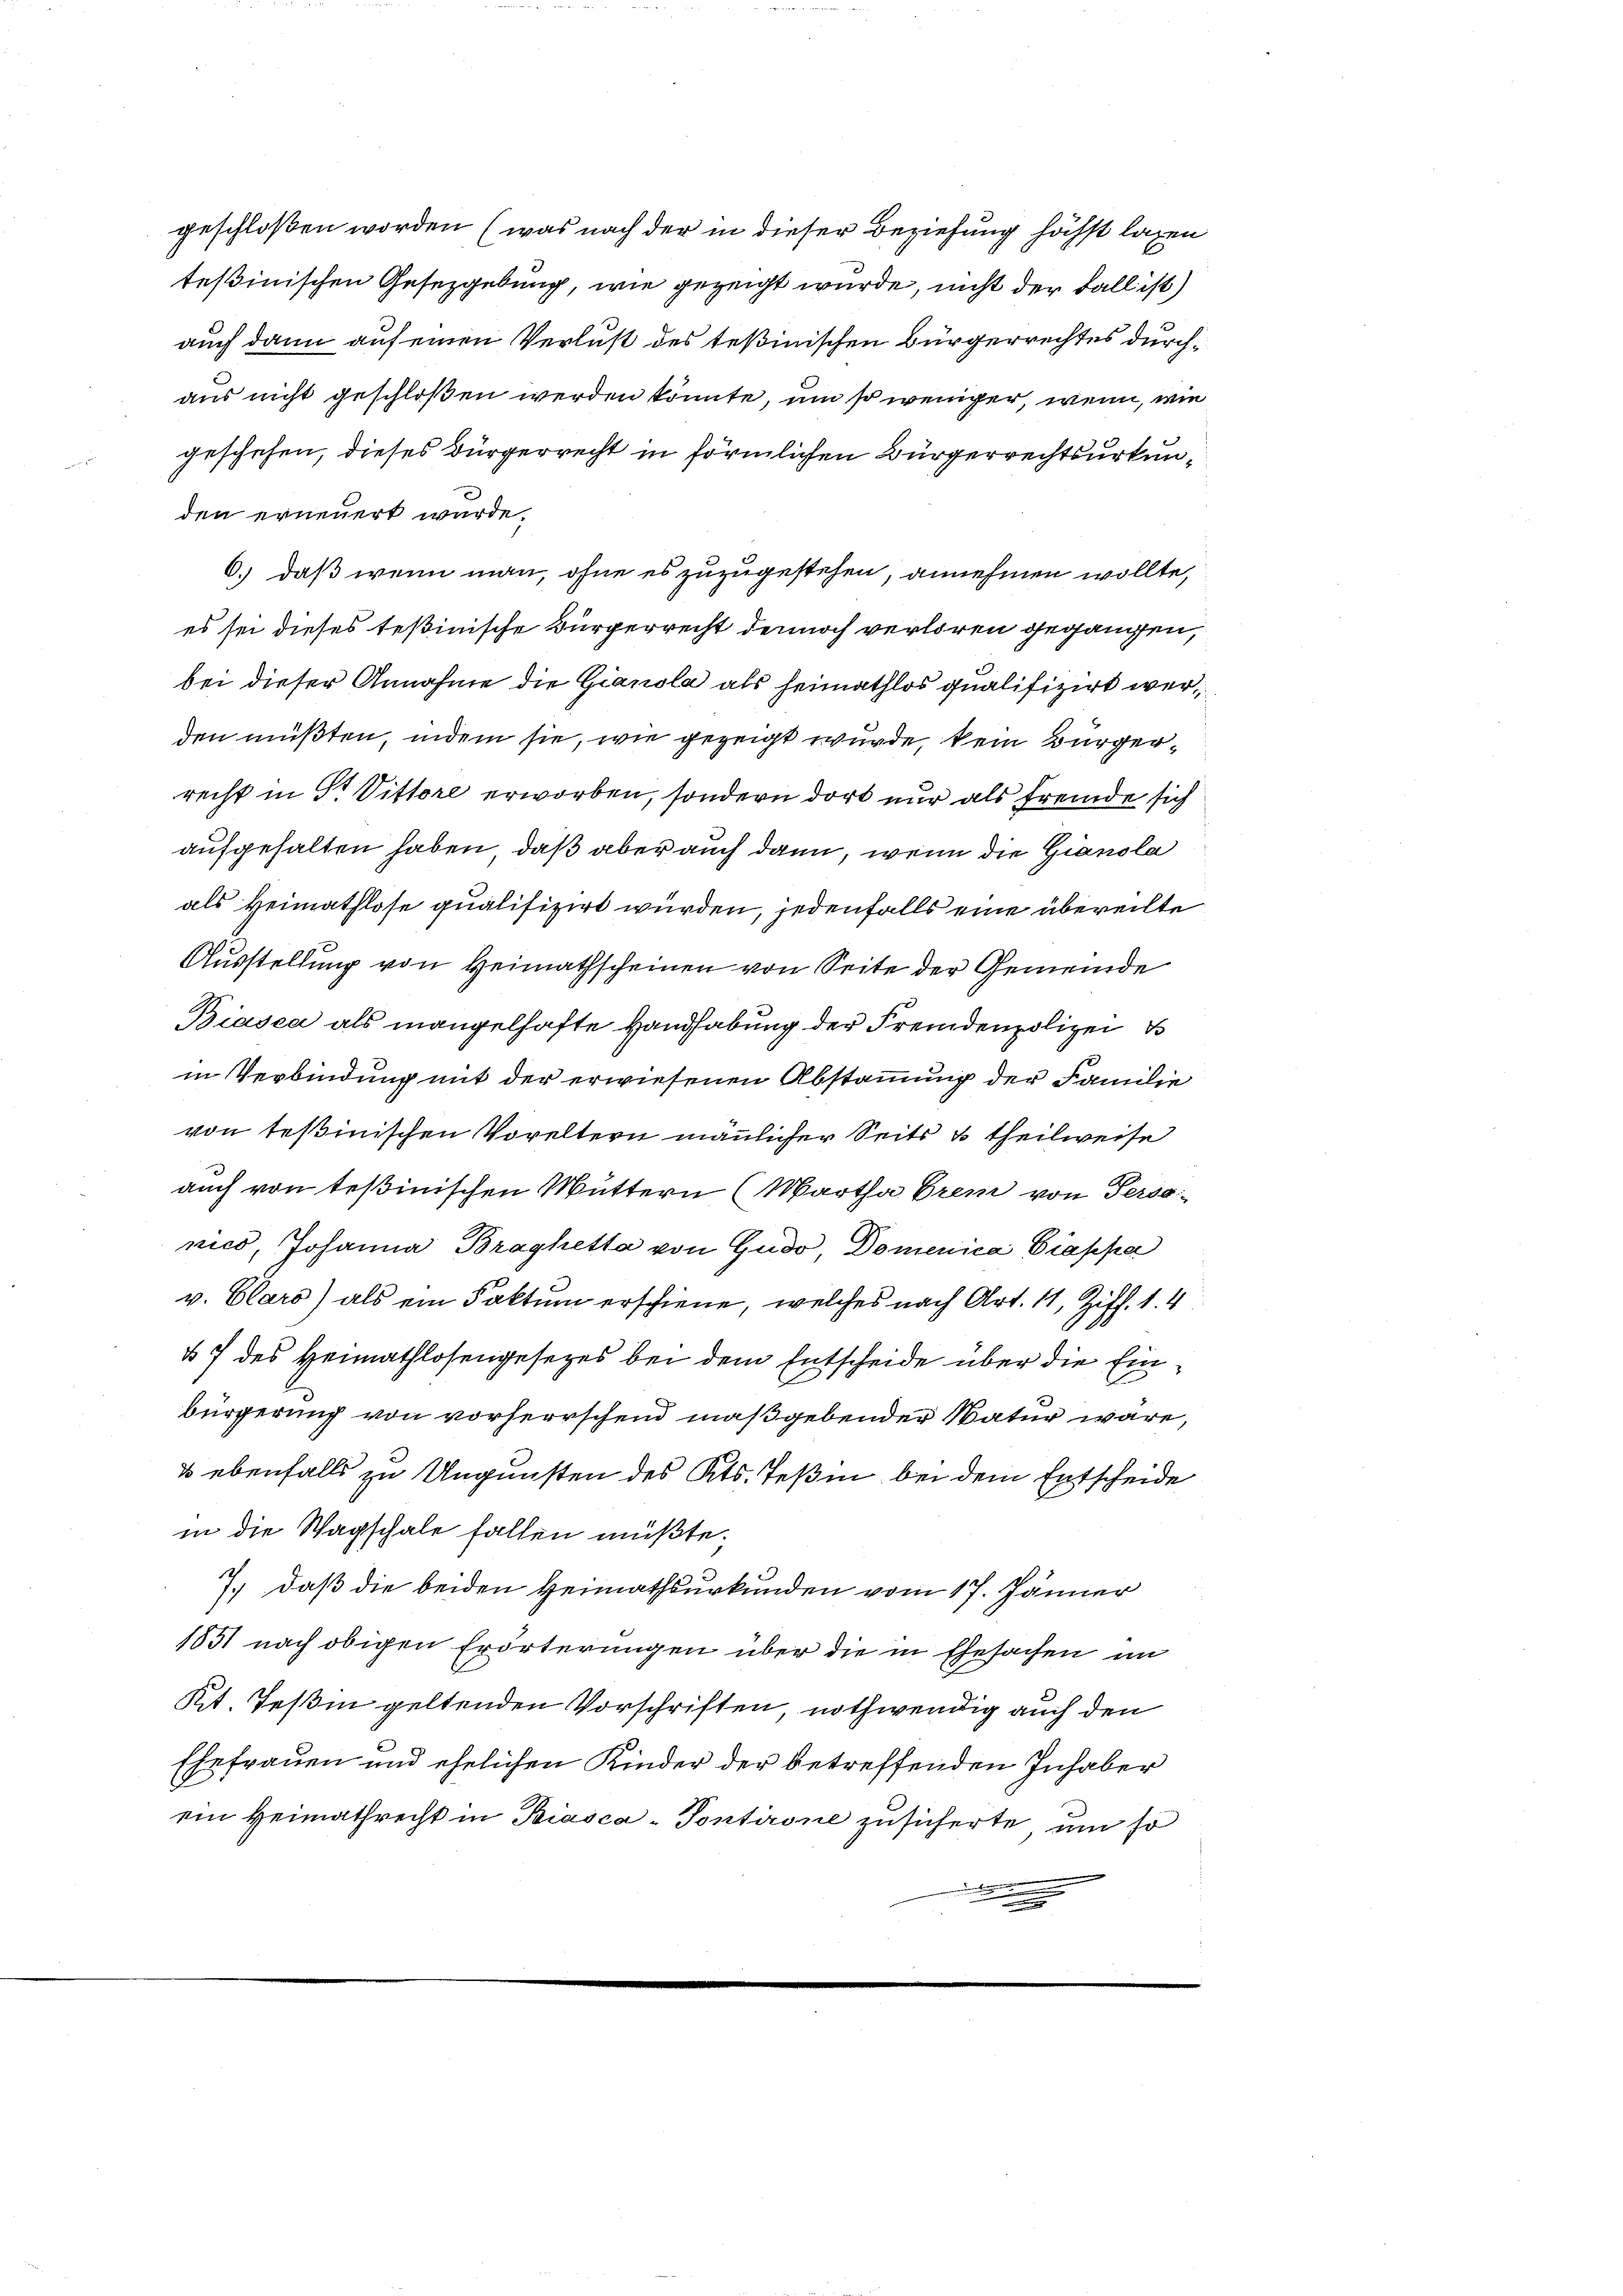
geschloßen worden (was nach der in dieser Beziehung höchst lagen
tessinischen Gesetzgebung, wie gezeigt wurde, nicht der Fall ist)
auch dann auf einen Verlust des Teßinischen Bürgerrechtes durchaus nicht geschloßen werden könnte, um so weniger, wenn, wie
geschehen, dieses Bürgerrecht in förmlichen Bürgerrechtsurkunden erneuert wurde.
6.) daß wenn man, ohne es zuzugestehen, annehmen wollte,
es sei dieses Teßinische Bürgerrecht dennoch verloren gegangen,
bei dieser Annahme die Gianola als heimathlos qualifizirt werden müßten, indem sie, wie gezeigt wurde, kein Bürgerrecht in St. Vittore erworben, sondern dort nur als fremde sich
aufgehalten haben, daß aber auch dann, wenn die Gianola
als Heimathlose qualifizirt würden, jedenfalls eine übereilte
Ausstellung von Heimathscheinen von Seite der Gemeinde
Biasca als mangelhafte Handhabung der Fremdenpolizei
in Verbindung mit der erwiesenen Abstammung der Familie
von Teßinischen Voreltern mänlicher Seits & theilweise
auch von Teßinischen Muttern (Martha Grem von Personico, Johanna Braghetta von Gudo, Domenica Giappa
v. Clars) als ein Faktum erschiene, welches nach Art. 11, Ziff. 1. 4
§ 7 des Heimathlosengesezes bei dem Entscheide über die Ein¬
E
bürgerung von vorherrschend maßgebender Natur wäre,
& ebenfalls zu Ungunsten des Kts. Teßin bei dem Entscheide
in die Wagschale fallen müßte;
7.) daß die beiden Heimathsurkunden vom 17. Jänner
1851 nach obigen Erörterungen über die in Ehesachen im
Rit. Teßin geltenden Vorschriften, nothwendig auch den
Ehefrauen und ehelichen Kinder der betreffenden Inhaber
ein Heimathrecht in Biasca - Pontirone zusicherte, um so
.